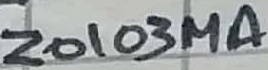
Text: ZO103MA